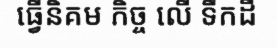
ធ្វើនិគម កិច្ច លើ ទឹកដី